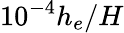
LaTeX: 10^{-4}h_{e}/H